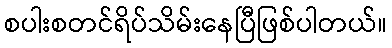
စပါးစတင်ရိပ်သိမ်းနေပြီဖြစ်ပါတယ်။